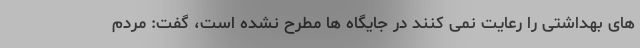
های بهداشتی را رعایت نمی کنند در جایگاه ها مطرح نشده است، گفت: مردم